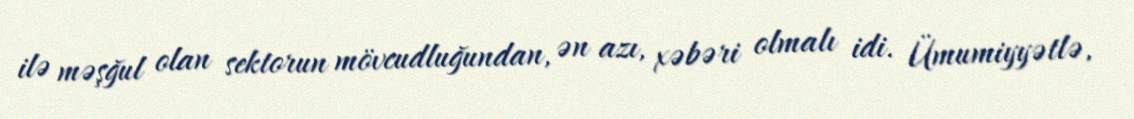
ilə məşğul olan sektorun mövcudluğundan, ən azı, xəbəri olmalı idi. Ümumiyyətlə,